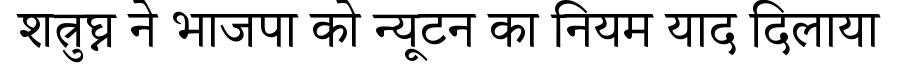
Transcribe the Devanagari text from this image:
शत्रुघ्न ने भाजपा को न्यूटन का नियम याद दिलाया